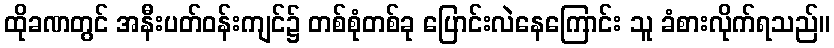
ထိုခဏတွင် အနီးပတ်ဝန်းကျင်၌ တစ်စုံတစ်ခု ပြောင်းလဲနေကြောင်း သူ ခံစားလိုက်ရသည်။